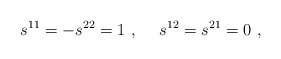
\begin{align*}s^{11} = - s^{22} = 1~,~~~~s^{12}=s^{21}=0 ~,\end{align*}